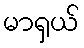
မာရှယ်